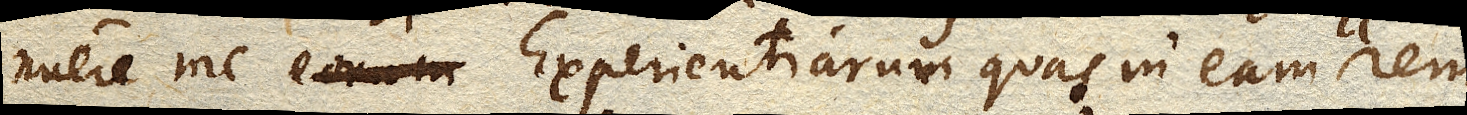
nuere me eorum Experientiarum quas in eam rem